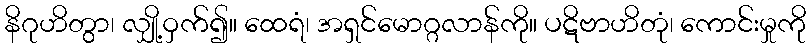
နိဂုဟိတွာ၊ လျှို့ဝှက်၍။ ထေရံ၊ အရှင်မောဂ္ဂလာန်ကို။ ပဋိဗာဟိတုံ၊ ကောင်းမှုကို